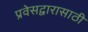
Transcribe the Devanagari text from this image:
प्रवेसद्वारासाठी